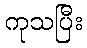
ကုသပြီး